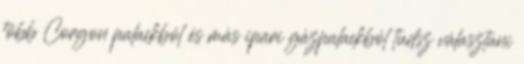
több Corgon palackból és más ipari gázpalackból tudsz választani